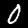
Label: 0